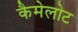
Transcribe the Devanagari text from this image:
कैमेलोट